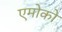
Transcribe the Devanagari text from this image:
एमोको